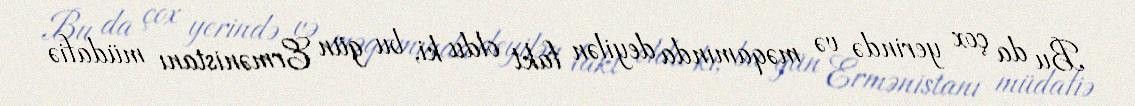
Bu da çox yerində və məqamında deyilən fakt oldu ki, bu gün Ermənistanı müdafiə